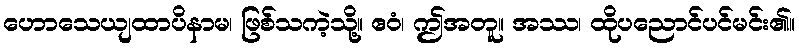
ဟောသေယျထာပိနာမ၊ ဖြစ်သကဲ့သို့။ ဧဝံ၊ ဤအတူ။ အဿ၊ ထိုပညောင်ပင်မင်း၏။